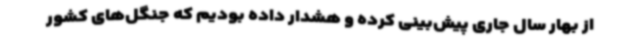
از بهار سال جاری پیش‌بینی کرده و هشدار داده بودیم که جنگل‌های کشور